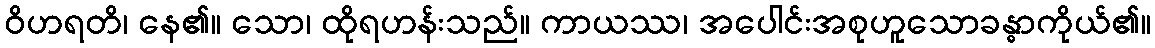
ဝိဟရတိ၊ နေ၏။ သော၊ ထိုရဟန်းသည်။ ကာယဿ၊ အပေါင်းအစုဟူသောခန္ဓာကိုယ်၏။